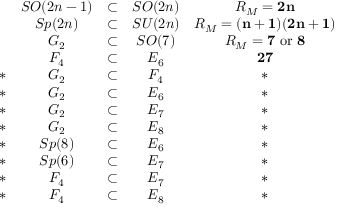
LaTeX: \begin{array} { c c c c c } { { } } & { { S O ( 2 n - 1 ) } } & { { \subset } } & { { S O ( 2 n ) } } & { { R _ { M } = { \bf 2 n } } } \\ { { } } & { { S p ( 2 n ) } } & { { \subset } } & { { S U ( 2 n ) } } & { { R _ { M } = { \bf ( n + 1 ) ( 2 n + 1 ) } } } \\ { { } } & { { G _ { 2 } } } & { { \subset } } & { { S O ( 7 ) } } & { { R _ { M } = { \bf 7 } \mathrm { \ o r \ } { \bf 8 } } } \\ { { } } & { { F _ { 4 } } } & { { \subset } } & { { E _ { 6 } } } & { { { \bf 2 7 } } } \\ { { \ast } } & { { G _ { 2 } } } & { { \subset } } & { { F _ { 4 } } } & { { \ast } } \\ { { \ast } } & { { G _ { 2 } } } & { { \subset } } & { { E _ { 6 } } } & { { \ast } } \\ { { \ast } } & { { G _ { 2 } } } & { { \subset } } & { { E _ { 7 } } } & { { \ast } } \\ { { \ast } } & { { G _ { 2 } } } & { { \subset } } & { { E _ { 8 } } } & { { \ast } } \\ { { \ast } } & { { S p ( 8 ) } } & { { \subset } } & { { E _ { 6 } } } & { { \ast } } \\ { { \ast } } & { { S p ( 6 ) } } & { { \subset } } & { { E _ { 7 } } } & { { \ast } } \\ { { \ast } } & { { F _ { 4 } } } & { { \subset } } & { { E _ { 7 } } } & { { \ast } } \\ { { \ast } } & { { F _ { 4 } } } & { { \subset } } & { { E _ { 8 } } } & { { \ast } } \end{array}